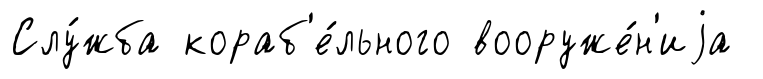
Слу́жба кораб'е́льного вооруже́н'иjа